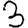
Digit: 3